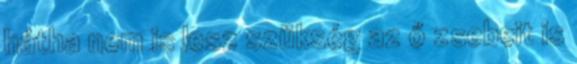
hátha nem is lesz szükség az ő zsebeit is